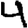
Digit: 4